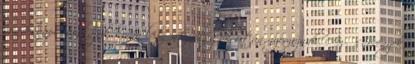
mindennapi munkájuk során letűnt világok után nyomoznak. Az ősnövények,